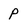
Character: P